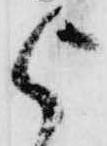
被